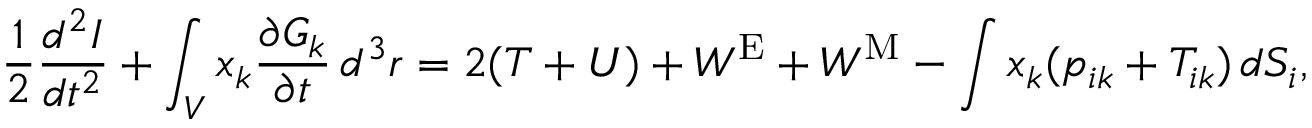
{ \frac { 1 } { 2 } } { \frac { d ^ { 2 } I } { d t ^ { 2 } } } + \int _ { V } x _ { k } { \frac { \partial G _ { k } } { \partial t } } \, d ^ { 3 } r = 2 ( T + U ) + W ^ { \mathrm { E } } + W ^ { \mathrm { M } } - \int x _ { k } ( p _ { i k } + T _ { i k } ) \, d S _ { i } ,